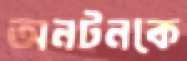
অনটনকে